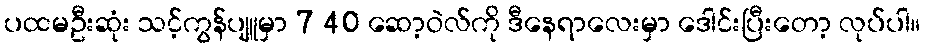
ပထမဦးဆုံး သင့်ကွန်ပျူမှာ 7 40 ဆော့ဝဲလ်ကို ဒီနေရာလေးမှာ ဒေါင်းပြီးတော့ လုပ်ပါ။